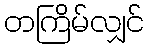
တကြိမ်လျှင်